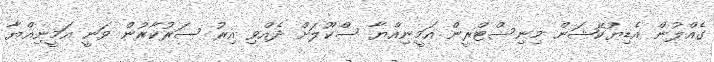
ގެއްލުން އެޑިޔުކޭޝަން މިނިސްޓްރީން އަމީނިއްޔާ ސްކޫލަށް ދެއްވި އިރު ސަރުކާރުން ވަނީ އަމީނިއްޔާ